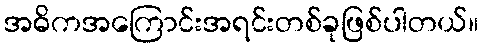
အဓိကအကြောင်းအရင်းတစ်ခုဖြစ်ပါတယ်။